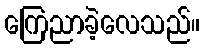
ကြေညာခဲ့လေသည်။